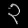
Digit: ၃